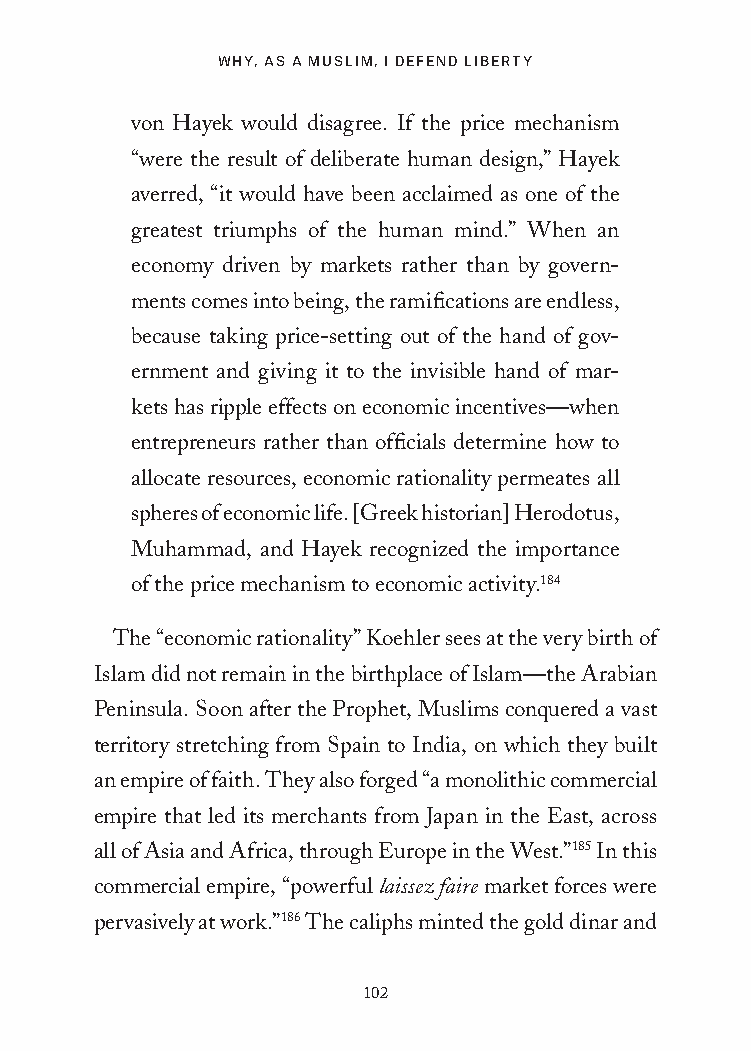
WHY, AS A MUSLIM, I DEFEND LIBERTY
 von Hayek would disagree. If the price mechanism
 “were the result of deliberate human design,” Hayek
 averred, “it would have been acclaimed as one of the
 greatest triumphs of the human mind.” When an
 economy driven by markets rather than by govern-
 ments comes into being, the ramifications are endless,
 because taking price-setting out of the hand of gov-
 ernment and giving it to the invisible hand of mar-
 kets has ripple effects on economic incentives—when
 entrepreneurs rather than officials determine how to
 allocate resources, economic rationality permeates all
 spheres of economic life. [Greek historian] Herodotus,
 Muhammad, and Hayek recognized the importance
 of the price mechanism to economic activity.184
 The “economic rationality” Koehler sees at the very birth of
 Islam did not remain in the birthplace of Islam—the Arabian
 Peninsula. Soon after the Prophet, Muslims conquered a vast
 territory stretching from Spain to India, on which they built
 an empire of faith. They also forged “a monolithic commercial
 empire that led its merchants from Japan in the East, across
 all of Asia and Africa, through Europe in the West.”185 In this
 commercial empire, “powerful laissez faire market forces were
 pervasively at work.”186 The caliphs minted the gold dinar and
 102
 25320_Ch07.indd 102                     24/06/2021 9:26 AM